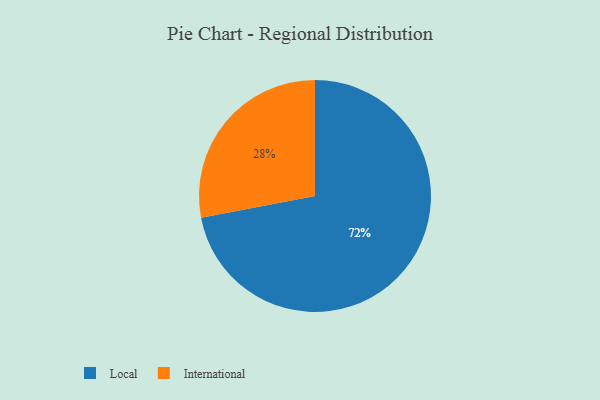
{"axis": {"x": "Category", "y": "Percentage"}, "legend": ["International", "Local"], "data": [{"x": "International", "y": 28, "type": "International"}, {"x": "Local", "y": 72, "type": "Local"}]}